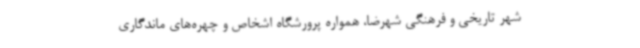
شهر تاریخی و فرهنگی شهرضا، همواره پرورشگاه اشخاص و چهره‌های ماندگاری